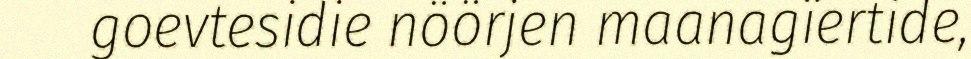
goevtesidie nöörjen maanagïertide,